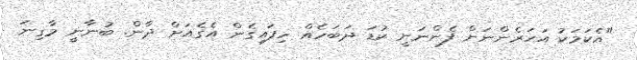
"އެކަމަކު އަހަރެންނަށް ފެންނަނީ ކުޑަ ދަބަހެއް ހިފައިގެން އެގެއަށް ދާން. ބުނާނީ މާގިނަ